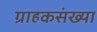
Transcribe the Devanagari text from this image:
ग्राहकसंख्या